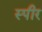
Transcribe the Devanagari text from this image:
स्पीर